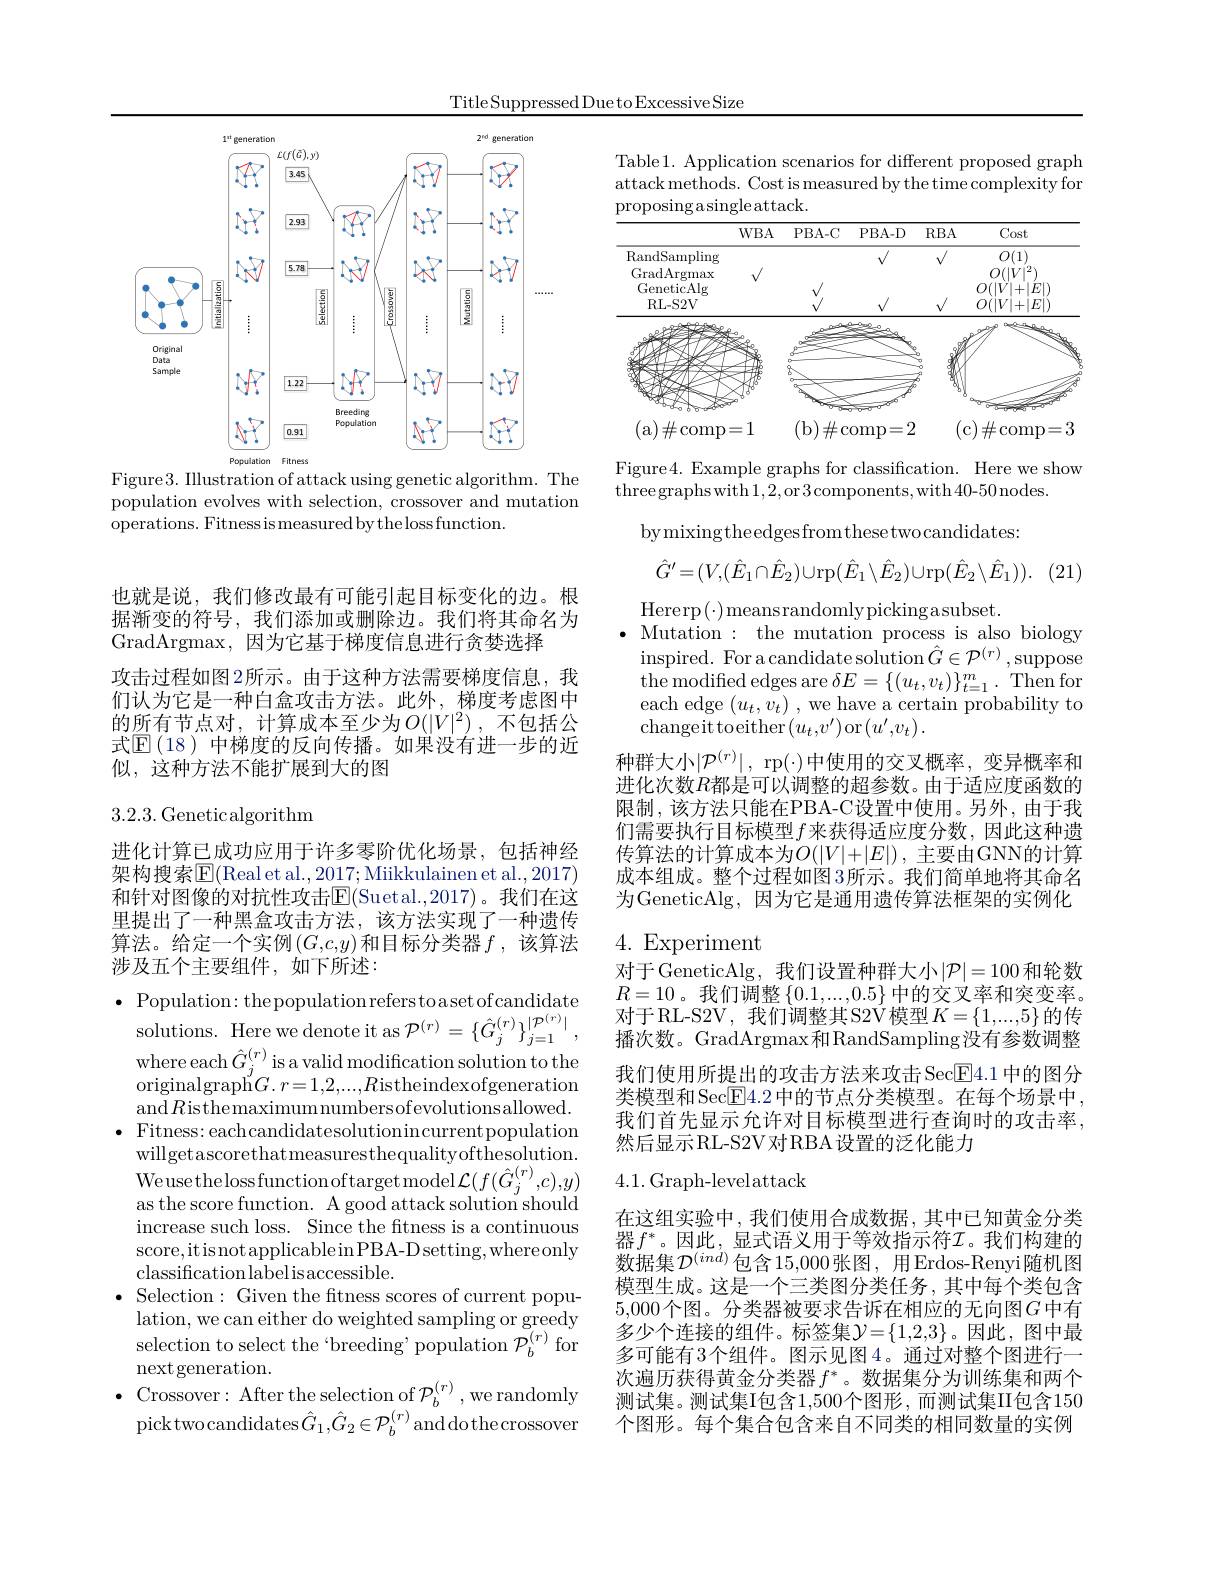
Title Suppressed Due to Excessive Size

也就是说，我们修改最有可能引起目标变化的边。根据渐变的符号，我们添加或删除边。我们将其命名为GradArgmax,因为它基于梯度信息进行贪婪选择
攻击过程如图2所示。由于这种方法需要梯度信息，我们认为它是一种白盒攻击方法。此外，梯度考虑图中的所有节点对，计算成本至少为$O( | V| ^2)$ ,不包括公式$\mathbb{E}(18)$ 中梯度的反向传播。如果没有进一步的近似，这种方法不能扩展到大的图

## 3.2.3. Geneticalgorithm

进化计算已成功应用于许多零阶优化场景，包括神经架构搜索$\overline{\mathrm{E}}($Real et al.,2017;Miikkulainen et al.,2017) 和针对图像的对抗性攻击$\overline{\mathbb{E}}($Suetal.,2017)。我们在这里提出了一种黑盒攻击方法，该方法实现了一种遗传算法。给定一个实例$\left(G,c,y\right)$和目标分类器$f$,该算法涉及五个主要组件，如下所述：

$\bullet$ Population: the population refers to aset ofcandidate
solutions. Here we denote it as $\mathcal{P}^{(r)}=\{\hat{G}_{j}^{(r)}\}_{j=1}^{|\mathcal{P}^{(r)}|}$, $\begin{array}{l}{\mathrm{where~each~}\hat{G}_{j}^{(r)}\text{is a valid modification solution to the}}\\{\mathrm{originalgraph}G.~r=1,2,...,R\text{istheindexofgeneration}}\end{array}$ and$R$isthemaximumnumbersofevolutionsallowed.
$\bullet$ Fitness: eachcandidatesolutionincurrentpopulation
willgetascorethatmeasuresthequalityofthesolution. Weusethelossfunctionoftargetmodel$\mathcal{L}(f(\hat{G}_j^{(r)},c),y)$ as the score function. A good attack solution should increase such loss. Since the fitness is a continuous score,it isnot applicablei$nPBA- Dsetting, whereonly$ classificationlabelisaccessible.
$\bullet$ Selection: Given the ftness scores of current popu-
lation, we can either do weighted sampling or greedy selection to select the `breeding' population $\mathcal{P}_b^{(r)}$ for $\operatorname{next}$generation.
$\bullet$ Crossover:After the selection of $\mathcal{P}_b^{(r)}$,we randomly
picktwocandidates$\hat{G}_1,\hat{G}_2\in\mathcal{P}_b^{(r)}$and do thecrossover

<FigureHere>
Figure3. Illustration of attack using genetic algorithm. The

population evolves with selection, crossover and mutation
operations. Fitness is measured by the loss function.

Table1. Application scenarios for different proposed graph attack methods. Cost is measured by the time complexity for proposing asingle attack.

<FigureHere>

Figure4. Example graphs for classification. Here we show
threegraphswith1,2,or3components,with40-50nodes.

(21)

bymixingtheedgesfromthesetwocandidates:
$$\hat{G}'=(V,(\hat{E}_1\cap\hat{E}_2)\cup\mathrm{rp}(\hat{E}_1\setminus\hat{E}_2)\cup\mathrm{rp}(\hat{E}_2\setminus\hat{E}_1)).$$
$\operatorname{Hererp}(\cdot)$meansrandomly pickingasubset.
Mutation: the mutation process is also biology $\operatorname*{inspired.}$For a candidate solution $\hat G\in\mathcal{P}^{(r)}$,suppose the modified edges are $\delta E=\{(u_{t},v_{t})\}_{t=1}^{m}.$ Then for each edge $(u_t,v_t)$ , we have a certain probability to $\operatorname{changeit}$toeither$(u_t,v^\prime)$or$(u^\prime,v_t).$
种群大小$|\mathcal{P}^{(r)}|$, rp$(\cdot)$中使用的交叉概率，变异概率和进化次数$R$都是可以调整的超参数。由于适应度函数的限制，该方法只能在PBA-C设置中使用。另外，由于我们需要执行目标模型$f$来获得适应度分数，因此这种遗传算法的计算成本为$O(|V|+|E|)$,主要由GNN的计算成本组成。整个过程如图 3所示。我们简单地将其命名为GeneticAlg，因为它是通用遗传算法框架的实例化

# 4.Experiment

对于GeneticAlg，我们设置种群大小$|\mathcal{P}|=100$和轮数$R=10$。我们调整$\left\{0.1,...,0.5\right\}$中的交叉率和突变率。对于RL-S2V,我们调整其S2V模型$K=\{1,...,5\}$的传播次数。GradArgmax和RandSampling没有参数调整我们使用所提出的攻击方法来攻击Sec$\overline{\mathrm{E}}4.1$中的图分类模型和Sec$\overline{\mathrm{E}}4.2$中的节点分类模型。在每个场景中， 我们首先显示允许对目标模型进行查询时的攻击率然后显示RL-S2V对RBA设置的泛化能力

## 4.1.Graph-levelattack

在这组实验中，我们使用合成数据，其中已知黄金分类器$f^*$。因此，显式语义用于等效指示符$\mathcal{I}$。我们构建的数据集$\mathcal{D}^(ind)$包含15，000张图，用Erdos-Renyi随机图模型生成。这是一个三类图分类任务，其中每个类包含5,000个图。分类器被要求告诉在相应的无向图$G$中有多少个连接的组件。标签集$\mathcal{Y}=\{1,2,3\}$。因此，图中最多可能有3个组件。图示见图4。通过对整个图进行一次遍历获得黄金分类器$f^*$。数据集分为训练集和两个测试集。测试集I包含1，500个图形，而测试集II包含150个图形。每个集合包含来自不同类的相同数量的实例